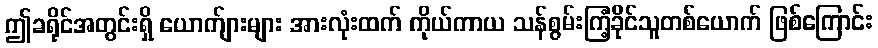
ဤခရိုင်အတွင်းရှိ ယောက်ျားများ အားလုံးထက် ကိုယ်ကာယ သန်စွမ်းကြံ့ခိုင်သူတစ်ယောက် ဖြစ်ကြောင်း